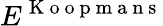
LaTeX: E^{\mathrm{~K~o~o~p~m~a~n~s~}}